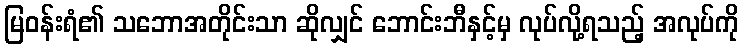
မြဝန်းရံ၏ သဘောအတိုင်းသာ ဆိုလျှင် ဘောင်းဘီနှင့်မှ လုပ်လို့ရသည့် အလုပ်ကို